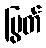
ပြွတ်